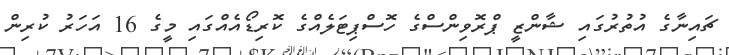
ޗައިނާގެ އުތުރުގައި ޝާންޒީ ޕްރޮވިންސްގެ ހޮސްޕިޓަލެއްގެ ކޮރިޑޯއެއްގައި މީގެ 16 އަހަރު ކުރިން